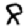
Digit: 8